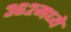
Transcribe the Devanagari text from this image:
३६२मध्ये